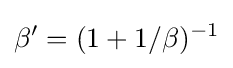
\beta '=(1+1/\beta )^{-1}